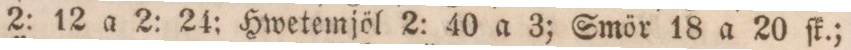
2: 12 a 2: 24; Hwetemjöl 2: 40 a 3; Smör 18 a 20 ſk.;